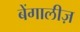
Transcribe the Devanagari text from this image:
बेंगालीज़